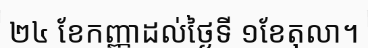
២៤ ខែកញ្ញាដល់ថ្ងៃទី ១ខែតុលា។